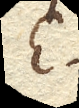
E.